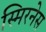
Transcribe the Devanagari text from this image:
स्मिरनेस